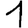
Digit: 1